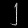
Digit: ၂